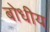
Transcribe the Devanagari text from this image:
बोधीय